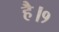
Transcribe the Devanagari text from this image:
है।१